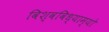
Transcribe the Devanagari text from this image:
विश्वविध्याम्यो